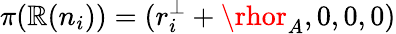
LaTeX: \pi(\mathbb{R}(n_{i}))=(r_{i}^{\perp}+\rhor_{A},0,0,0)